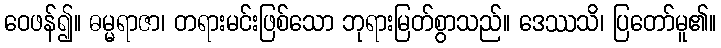
ဝေဖန်၍။ ဓမ္မရာဇာ၊ တရားမင်းဖြစ်သော ဘုရားမြတ်စွာသည်။ ဒေဿသိ၊ ပြတော်မူ၏။